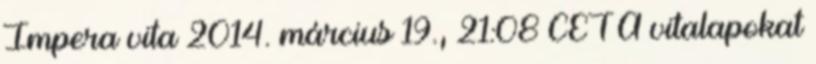
Impera vita 2014. március 19., 21:08 CET A vitalapokat